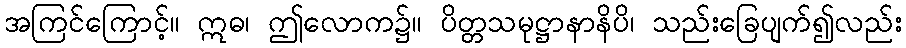
အကြင်ကြောင့်။ ဣဓ၊ ဤလောက၌။ ပိတ္တသမုဋ္ဌာနာနိပိ၊ သည်းခြေပျက်၍လည်း